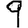
Digit: 9